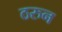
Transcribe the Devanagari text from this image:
ठरुन